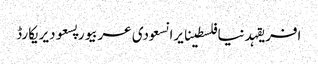
افریقہدنیافلسطینایرانسعودی عربیورپسعودیریکارڈ